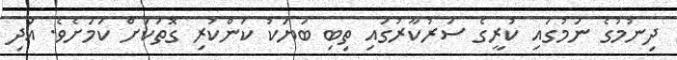
ދިނުމުގެ ނަމުގައި ކުރީގެ ސަރުކާރުގައި ތިބި ބަޔަކު ކަންކުރި ގޮތަކަށް ކަމަށެވެ. އަދި